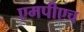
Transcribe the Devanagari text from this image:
एमपीएच